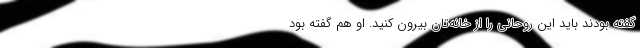
گفته بودند باید این روحانی را از خانه‌تان بیرون کنید. او هم گفته بود